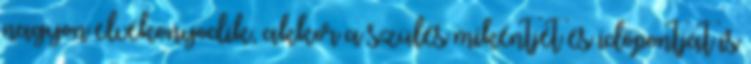
nagyon elvékonyodik, akkor a szülés mikéntjét és időpontját is